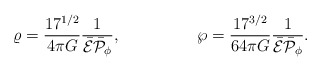
\begin{align*}\varrho={{17^{1/2}}\over{4\pi G}}{1\over{\bar{\cal E}\bar{\cal P}_{\phi}}},\ \ \ \ \ \ \ \ \ \ \ \ \ \ \wp={{17^{3/2}}\over{64\pi G}}{1\over{\bar{\cal E}\bar{\cal P}_{\phi}}}.\end{align*}